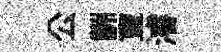
公詶亶濬